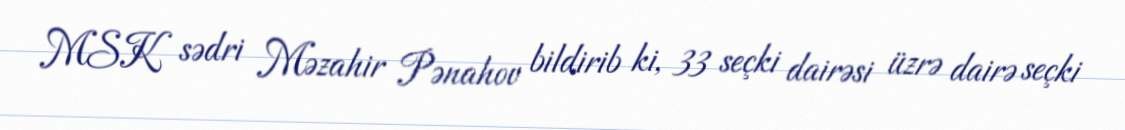
MSK sədri Məzahir Pənahov bildirib ki, 33 seçki dairəsi üzrə dairə seçki